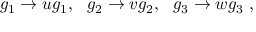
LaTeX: g _ { 1 } \rightarrow u g _ { 1 } , ~ ~ g _ { 2 } \rightarrow v g _ { 2 } , ~ ~ g _ { 3 } \rightarrow w g _ { 3 } \ ,